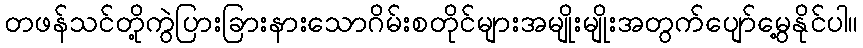
တဖန်သင်တို့ကွဲပြားခြားနားသောဂိမ်းစတိုင်များအမျိုးမျိုးအတွက်ပျော်မွေ့နိုင်ပါ။